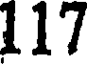
117